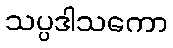
သပ္ပဒါသကော